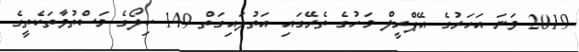
2019 ވަނަ އަހަރުގެ އޭޕްރީލް މަހުގެ ތެރޭގައި އަތުލައިގަތް 149 ކިލޯގެ މަސްތުވާތަކެތީގެ